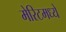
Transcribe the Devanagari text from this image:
मेरिटमध्ये